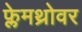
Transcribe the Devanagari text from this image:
फ्लेमथ्रोवर